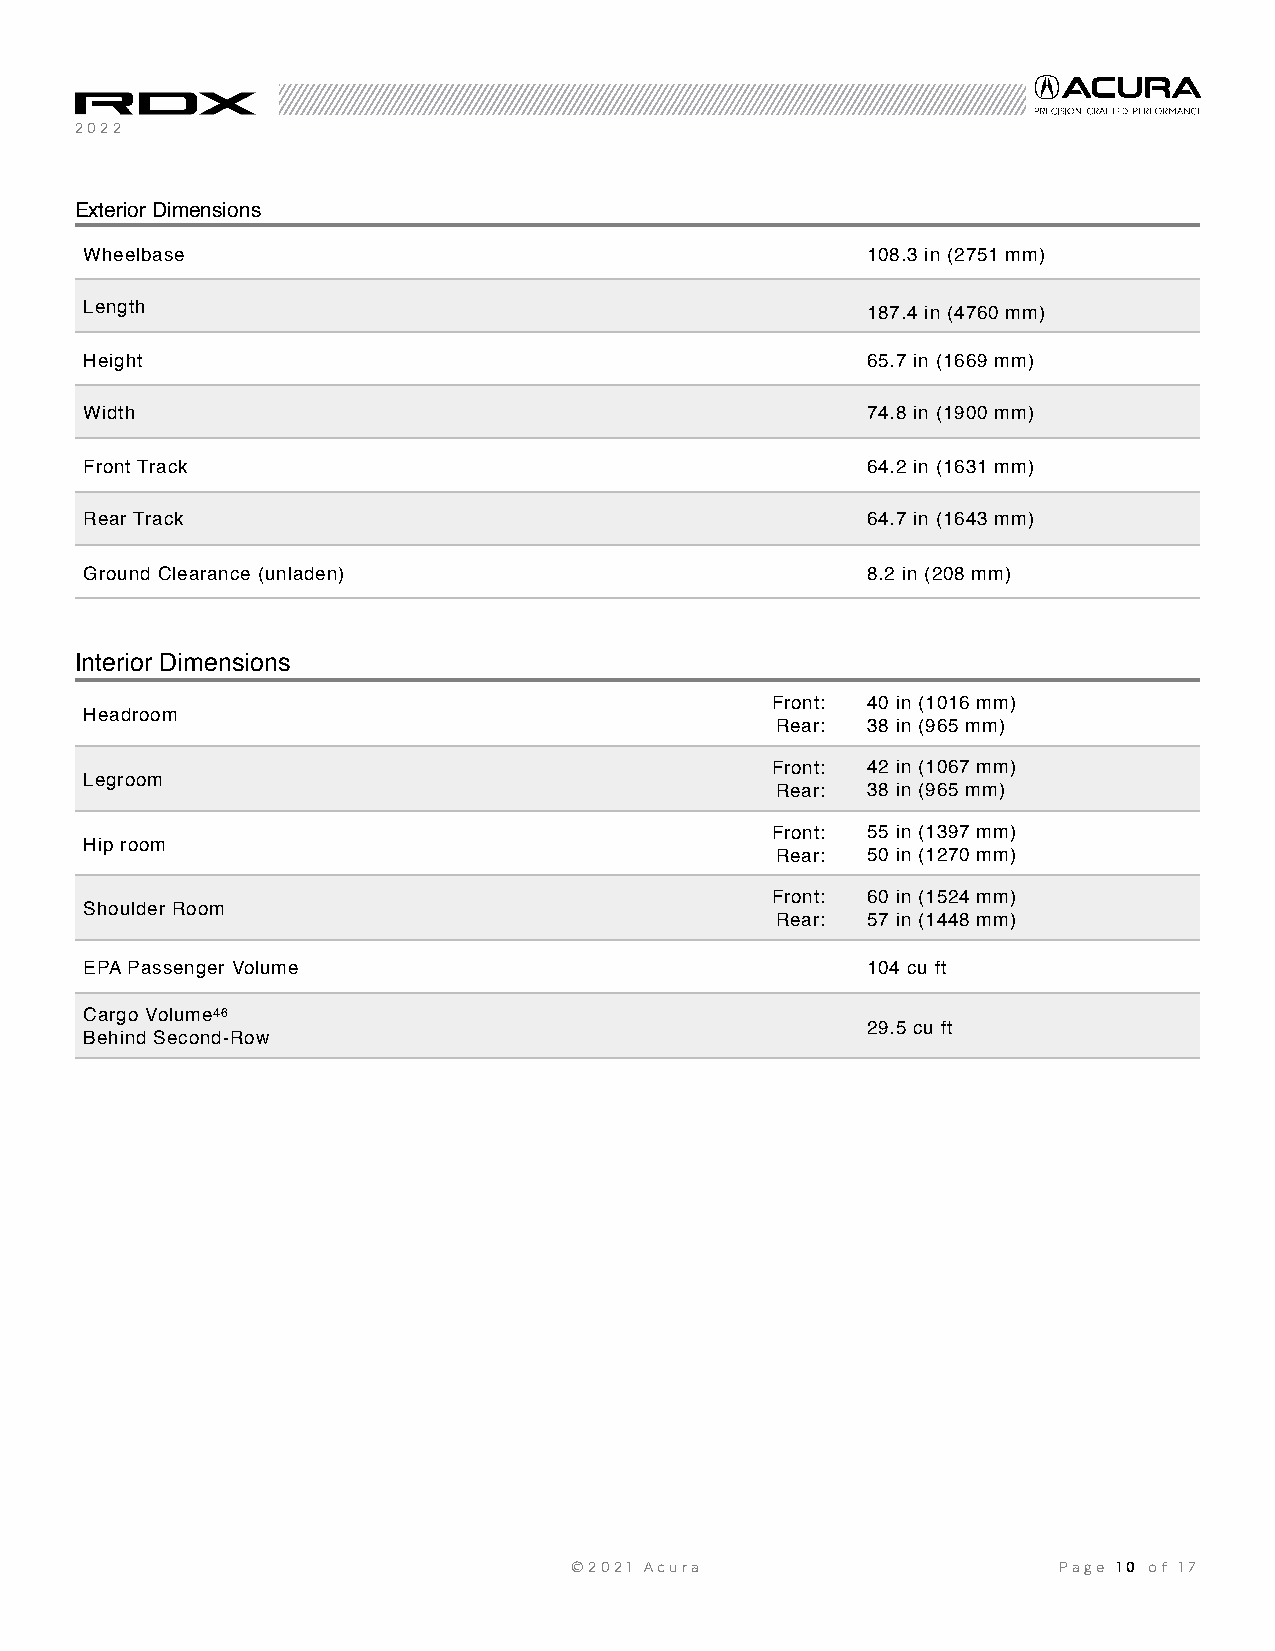
2022
 Exterior Dimensions
 Wheelbase                                          108.3 in (2751 mm)
 Length                                             187.4 in (4760 mm)
 Height                                             65.7 in (1669 mm)
 Width                                              74.8 in (1900 mm)
 Front Track                                        64.2 in (1631 mm)
 Rear Track                                         64.7 in (1643 mm)
 Ground Clearance (unladen)                         8.2 in (208 mm)
 Interior Dimensions
 Front: 40 in (1016 mm)
 Headroom
 Rear: 38 in (965 mm)
 Front: 42 in (1067 mm)
 Legroom
 Rear: 38 in (965 mm)
 Front: 55 in (1397 mm)
 Hip room
 Rear: 50 in (1270 mm)
 Front: 60 in (1524 mm)
 Shoulder Room
 Rear: 57 in (1448 mm)
 EPA Passenger Volume                               104 cu ft
 Cargo Volume46
 29.5 cu ft
 Behind Second-Row
 ©2021 Acura                     Page 1 0 of 17